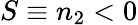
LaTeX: S\equiv n_{2}<0